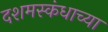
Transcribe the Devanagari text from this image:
दशमस्कंधाच्या